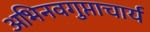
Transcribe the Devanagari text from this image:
अभिनवगुप्ताचार्य